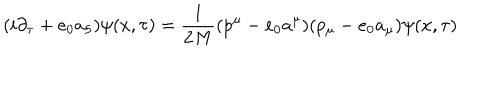
( i \partial _ { \tau } + e _ { 0 } a _ { 5 } ) \psi ( x , \tau ) = \frac { 1 } { 2 M } ( p ^ { \mu } - e _ { 0 } a ^ { \mu } ) ( p _ { \mu } - e _ { 0 } a _ { \mu } ) \psi ( x , \tau )